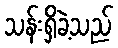
သန်းရှိခဲ့သည်